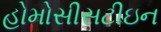
હોમોસીસટીઇન